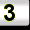
Digit: 3